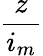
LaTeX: \frac{z}{i_{m}}